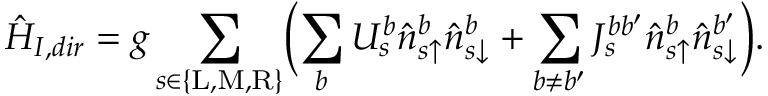
\hat { H } _ { I , d i r } = g \sum _ { s \in \{ \mathrm { L } , \mathrm { M } , \mathrm { R } \} } \Bigl ( \sum _ { b } U _ { s } ^ { b } \hat { n } _ { s \uparrow } ^ { b } \hat { n } _ { s \downarrow } ^ { b } + \sum _ { b \neq b ^ { \prime } } J _ { s } ^ { b b ^ { \prime } } \hat { n } _ { s \uparrow } ^ { b } \hat { n } _ { s \downarrow } ^ { b ^ { \prime } } \Bigr ) .